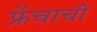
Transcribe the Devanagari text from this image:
फ्रेंचाची